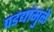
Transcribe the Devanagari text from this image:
पडद्यांमुळे